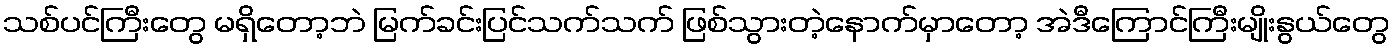
သစ်ပင်ကြီးတွေ မရှိတော့ဘဲ မြက်ခင်းပြင်သက်သက် ဖြစ်သွားတဲ့နောက်မှာတော့ အဲဒီကြောင်ကြီးမျိုးနွယ်တွေ